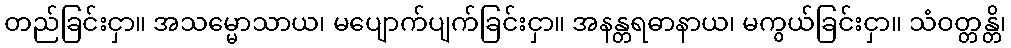
တည်ခြင်းငှာ။ အသမ္မောသာယ၊ မပျောက်ပျက်ခြင်းငှာ။ အနန္တရဓာနာယ၊ မကွယ်ခြင်းငှာ။ သံဝတ္တန္တိ၊